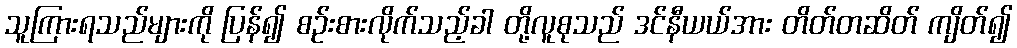
သူကြားရသည်များကို ပြန်၍ စဉ်းစားလိုက်သည့်ခါ တို့လူစုသည် ဒင်နီယယ်အား တိတ်တဆိတ် ကျိတ်၍